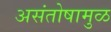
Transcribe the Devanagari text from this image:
असंतोषामुळ